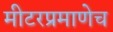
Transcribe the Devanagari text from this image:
मीटरप्रमाणेच